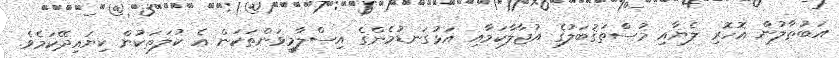
އަބުޠާލުން އޮހޮރި ލެޔާއި މުސްތަޤުބަލުގެ އުޖާލާކަމާއި އަޅުގަނޑުމެންގެ އިސްލާމީވަންތަކަން އެ ކުލަތަކުން ކިޔައިދޭކަމެވެ.